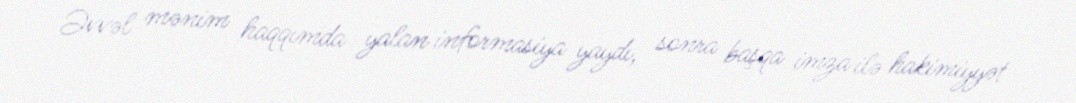
Əvvəl mənim haqqımda yalan informasiya yaydı, sonra başqa imza ilə hakimiyyət